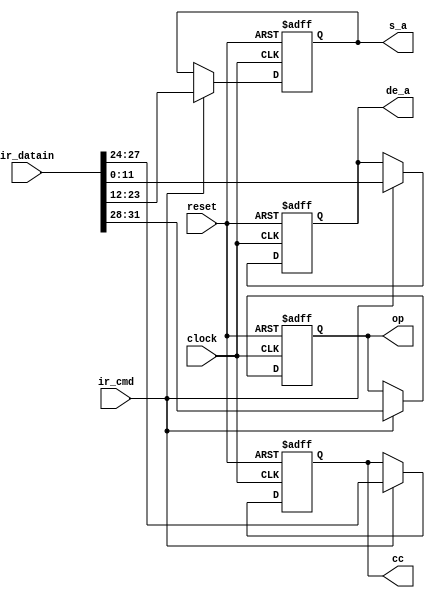
module ir (clock, reset, ir_cmd, ir_datain, op, cc, s_a, de_a);

input clock,reset,ir_cmd;
input [31:0] ir_datain;
output reg [3:0] op;
output reg [11:0] s_a;
output reg [11:0] de_a;
output reg [3:0] cc;

always @(posedge clock or posedge reset) begin
	if (reset) begin
	    op <= 0;
	    cc    <= 0;
	    s_a <= 0;
	    de_a <= 0;	    			
	end
	else if (ir_cmd) begin
	    op <= ir_datain[31:28];
	    cc    <= ir_datain[27:24];
	    s_a <= ir_datain[23:12];
	    de_a <= ir_datain[11:0];				
	end
end
endmodule